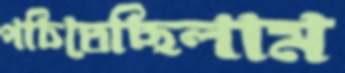
পচিতেছিলাম